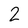
Character: 2